Annual report on the mental hospital in the Central Provinces and Berar (Nagpur) - 1927-1951
Year: 1927
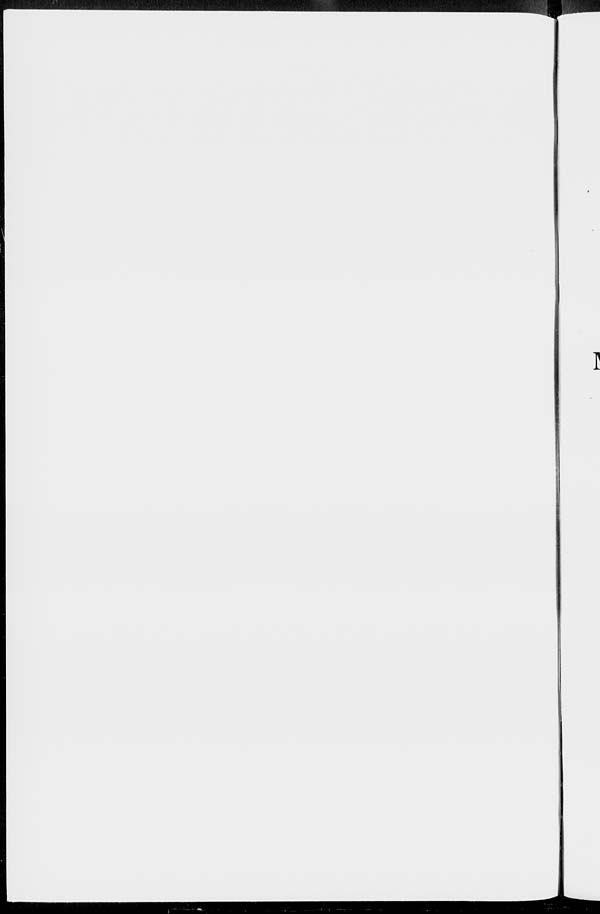
I